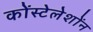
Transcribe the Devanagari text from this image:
कोंस्टेलेशोंन